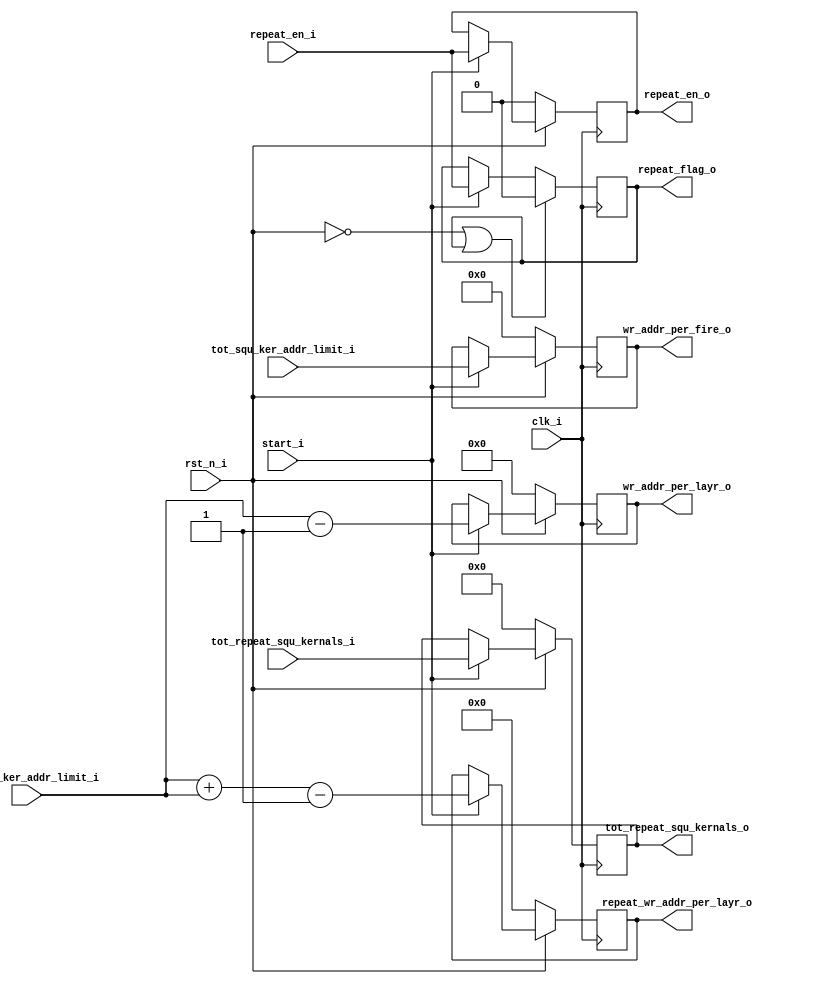
//**************************************************************************************************
// Project/Product : IDCT
// Description     : Inverse Discrete Cosine Transform 
//                   row and column 1D IDCT operation 
//                   with 3 stage pipeline in each 1D IDCT
// Dependencies    : global_defs.v, global_func.v, synch_fifo.v
// References      : 
//
//**************************************************************************************************
   
`timescale 1ns / 1ps

module write_config_squeeze(
	clk_i,
	rst_n_i,

	start_i,
	repeat_en_i,
	tot_squ_ker_addr_limit_i,
	one_squ_ker_addr_limit_i,
	tot_repeat_squ_kernals_i,

	repeat_en_o,
	repeat_flag_o,
	wr_addr_per_fire_o,
	wr_addr_per_layr_o,
	repeat_wr_addr_per_layr_o,
	tot_repeat_squ_kernals_o
);


//----------------------------------------------------------------------------------------------------------------------
// Global constant and function headers
//----------------------------------------------------------------------------------------------------------------------

//----------------------------------------------------------------------------------------------------------------------
// parameter definitions
//----------------------------------------------------------------------------------------------------------------------

//----------------------------------------------------------------------------------------------------------------------
// localparam definitions
//----------------------------------------------------------------------------------------------------------------------

	/*
		tot_squ_ker_addr_limit_i 	:- [(NO of squeeze kernals * depth / 8 ] - 1
		one_squ_ker_addr_limit_i 	:- [(depth / 2) / 8]
		tot_repeat_squ_kernals_i	:- [No of squeeze kernal * layer height]
	*/

//----------------------------------------------------------------------------------------------------------------------
// I/O signals
//----------------------------------------------------------------------------------------------------------------------

	// System Clock Signals
	input 															clk_i;
	input 															rst_n_i;

	// COnfiguration Control Signals
	input 															start_i;
	input 															repeat_en_i;
	input 						[11:0] 								tot_squ_ker_addr_limit_i;
	input 						[5:0] 								one_squ_ker_addr_limit_i;
	input 						[15:0] 								tot_repeat_squ_kernals_i;

	// FIRE Layer Control Signals
	output 	reg 													repeat_en_o;
	output 	reg 													repeat_flag_o;
	output 	reg					[11:0] 								wr_addr_per_fire_o;
	output  reg 				[5:0] 								wr_addr_per_layr_o;
	output 	reg 				[6:0] 								repeat_wr_addr_per_layr_o;
	output 	reg 				[15:0] 								tot_repeat_squ_kernals_o;									

//----------------------------------------------------------------------------------------------------------------------
// Internal wires and registers
//----------------------------------------------------------------------------------------------------------------------

//----------------------------------------------------------------------------------------------------------------------
// Implmentation
//----------------------------------------------------------------------------------------------------------------------

	// COnfig
	always @(posedge clk_i) begin : CONFIG
		if(~rst_n_i) begin
			repeat_en_o 				<= 0;
			wr_addr_per_fire_o 			<= 0;
			wr_addr_per_layr_o 			<= 0;
			tot_repeat_squ_kernals_o 	<= 0;
			repeat_wr_addr_per_layr_o 	<= 0;
		end 
		else if(start_i) begin
			repeat_en_o 				<= repeat_en_i;
			wr_addr_per_fire_o 			<= tot_squ_ker_addr_limit_i;
			wr_addr_per_layr_o 			<= one_squ_ker_addr_limit_i - 1;
			tot_repeat_squ_kernals_o 	<= tot_repeat_squ_kernals_i;
			repeat_wr_addr_per_layr_o 	<= one_squ_ker_addr_limit_i + one_squ_ker_addr_limit_i - 1;
		end
	end

	// Repeat Flag
	always @(posedge clk_i) begin : REPEAT_FLAT
		if(~rst_n_i || repeat_flag_o) begin
			repeat_flag_o <= 0;
		end 
		else if(start_i) begin
			repeat_flag_o <= repeat_en_i;
		end
	end


	
//----------------------------------------------------------------------------------------------------------------------
// Sub module instantiation
//----------------------------------------------------------------------------------------------------------------------


endmodule